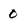
Character: 0